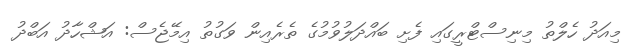
މިއަދު ހެލްތު މިނިސްޓްރީގައި ފެށި ބައްދަލުވުމުގެ ތެރެއިން ވަގުތު އިމޭޖެސް: އަޝްހާދު އަބްދު